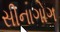
સીનાગોગ